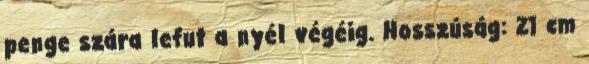
penge szára lefut a nyél végéig. Hosszúság: 21 cm